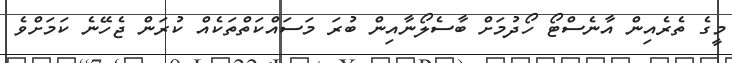
މީގެ ތެރެއިން އާނެސްޓޯ ހޯދުމަށް ބާސެލޯނާއިން ބުރަ މަސައްކަތްތަކެއް ކުރަން ޖެހޭނެ ކަމަށްވެ